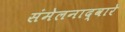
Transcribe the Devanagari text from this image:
संमेलनाद्वारे